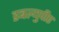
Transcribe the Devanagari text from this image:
डबल्युपीए